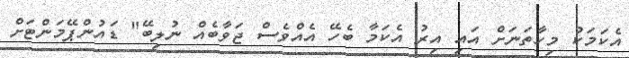
އެކަމަކު މިހާތަނަށް އައި އިރު އެކަމާ ބެހޭ އެއްވެސް ޖަވާބެއް ނުލިބޭ" ޑައުންޕޭމަންޓަށް